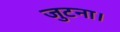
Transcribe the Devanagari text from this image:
जुटना।